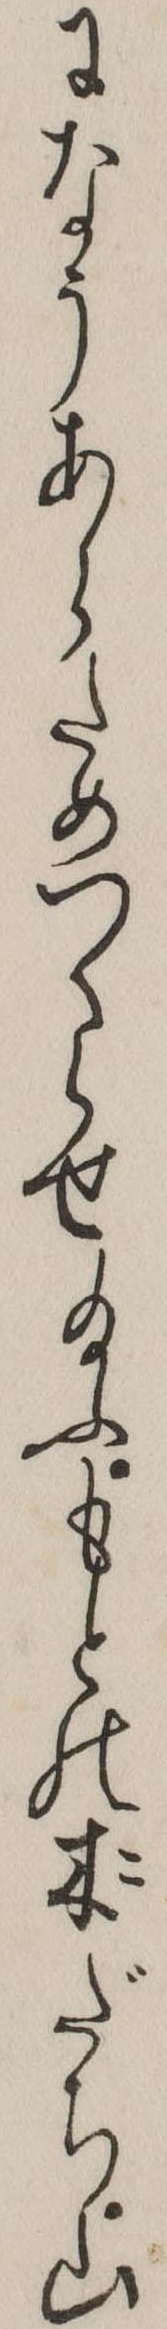
になうあらためつくらせ給ふもとの木だち山